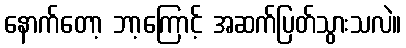
နောက်တော့ ဘာ့ကြောင့် အဆက်ပြတ်သွားသလဲ။